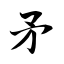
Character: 矛